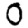
Digit: 0